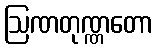
ဩဏတုဏ္ဏတော